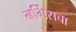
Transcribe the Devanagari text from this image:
नर्गिसचा